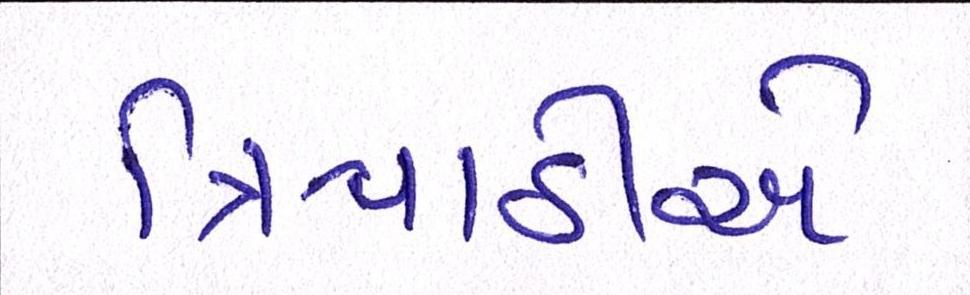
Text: ત્રિપાઠીએ